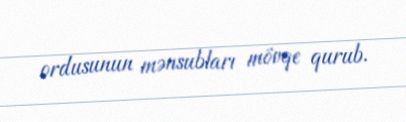
ordusunun mənsubları mövqe qurub.